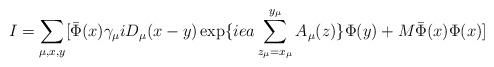
LaTeX: \begin{align*}I = \sum_{ \mu,x,y}[ \bar{ \Phi}(x) \gamma_{\mu}iD_{\mu}(x-y) \exp \{iea \sum_{z_{\mu}=x_{\mu}}^{y_{\mu}}A_{\mu}(z) \} \Phi(y) +M \bar{ \Phi}(x) \Phi(x)] \end{align*}